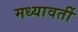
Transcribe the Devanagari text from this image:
मध्यावर्ती